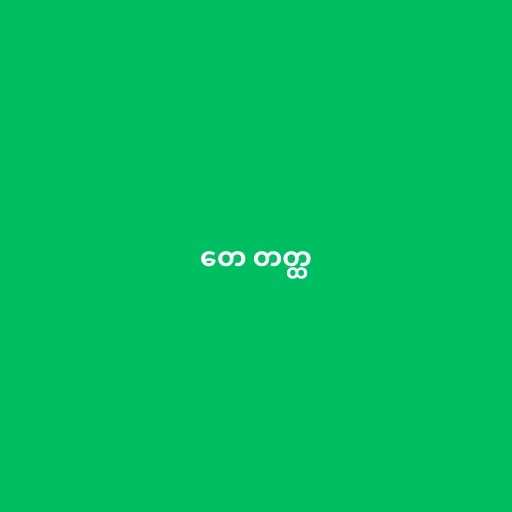
တေ တတ္ထ